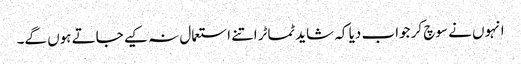
انہوں نے سوچ کر جواب دیا کہ شاید ٹماٹر اتنے استعمال نہ کیے جاتے ہوں گے۔